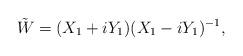
LaTeX: \begin{align*} \tilde{W} = (X_1 + iY_1) (X_1 - iY_1)^{-1},\end{align*}